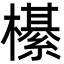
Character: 櫀